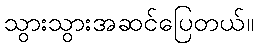
သွားသွားအဆင်ပြေတယ်။